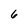
Character: 6